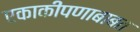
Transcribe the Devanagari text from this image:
एकाकीपणाबाबत